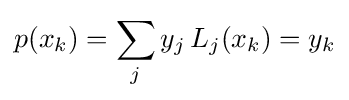
p(x_{k})=\sum _{j}y_{j}\,L_{j}(x_{k})=y_{k}